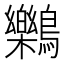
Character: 𪇱